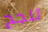
تنجح